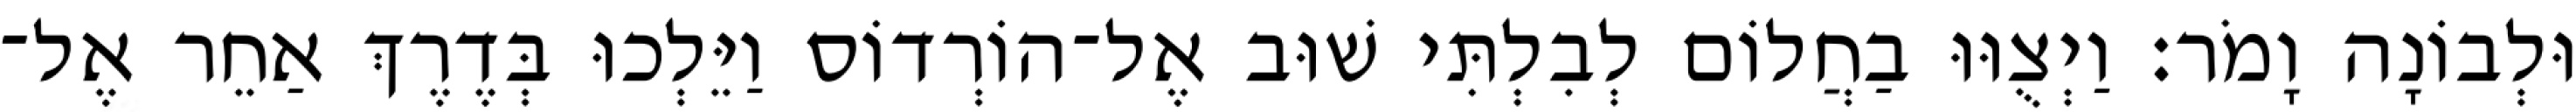
וּלְבוֹנָה וָמֹר׃ וַיְצֻוּוּ בַחֲלוֹם לְבִלְתִּי שׁוּב אֶל־הוֹרְדוֹס וַיֵּלְכוּ בְּדֶרֶךְ אַחֵר אֶל־